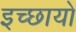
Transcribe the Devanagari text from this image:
इच्छायो